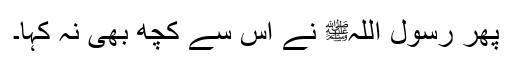
پھر رسول اللہﷺ نے اس سے کچھ بھی نہ کہا۔